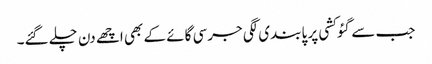
جب سے گئو کشی پر پابندی لگی جرسی گائے کے بھی اچھے دن چلے گئے۔